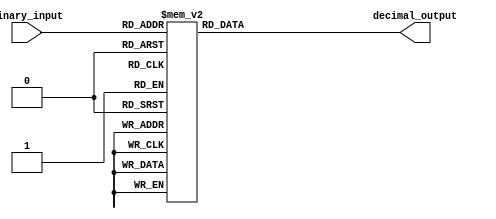
module DecimalDecoder(
    input [3:0] binary_input,
    output reg [9:0] decimal_output
);

always @(*)
begin
    case(binary_input)
        4'b0000: decimal_output = 10'b0000000001;
        4'b0001: decimal_output = 10'b0000000010;
        4'b0010: decimal_output = 10'b0000000011;
        4'b0011: decimal_output = 10'b0000000100;
        4'b0100: decimal_output = 10'b0000000101;
        4'b0101: decimal_output = 10'b0000000110;
        4'b0110: decimal_output = 10'b0000000111;
        4'b0111: decimal_output = 10'b0000001000;
        4'b1000: decimal_output = 10'b0000001001;
        4'b1001: decimal_output = 10'b0000001010;
        4'b1010: decimal_output = 10'b0000000000; // For all other values, output zero
        default: decimal_output = 10'b0000000000;
    endcase
end

endmodule